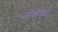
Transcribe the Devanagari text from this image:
जोगीमठ